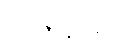
အာဇာနာသိ